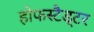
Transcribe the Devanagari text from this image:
होफस्टैड्टर